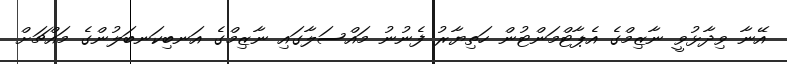
އޭނާ ވިދާޅުވީ ނާޒިމްގެ އެޕާޓްމަންޓުން ހަތިޔާރު ފެނުނު މައްސަލާގައި ނާޒިމްގެ އަނބިކަނބަލުންގެ މައްޗަށް